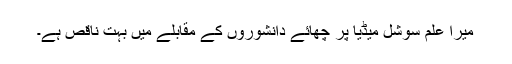
میرا علم سوشل میڈیا پر چھائے دانشوروں کے مقابلے میں بہت ناقص ہے۔